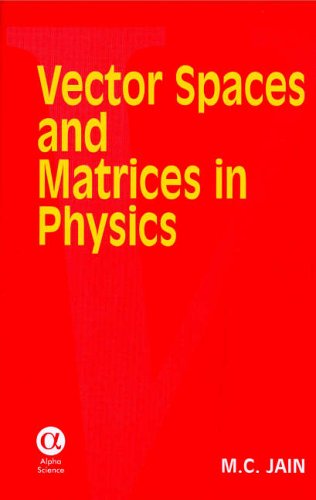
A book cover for Vector Spaces And Matrices in Physics; M. C. Jain; Science & Math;